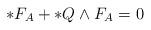
LaTeX: \begin{align*}\ast F_{A}+\ast{Q}\wedge F_{A}=0\end{align*}